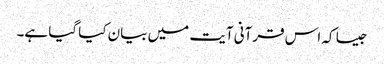
جیسا کہ اس قرآنی آیت میں بیان کیا گیا ہے۔